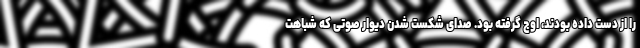
را از دست داده بودند، اوج گرفته بود. صدای شکست شدن دیوار صوتی که شباهت